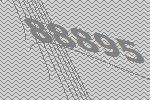
88895